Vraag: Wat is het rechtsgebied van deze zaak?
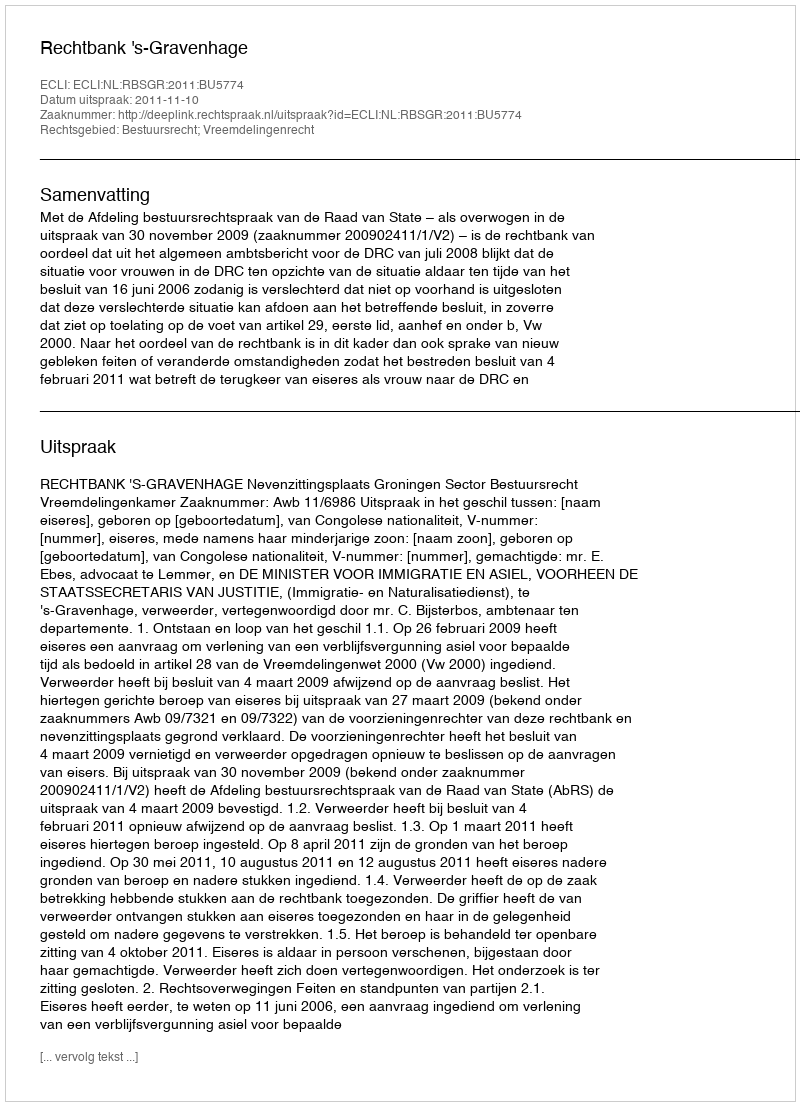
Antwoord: Bestuursrecht; Vreemdelingenrecht